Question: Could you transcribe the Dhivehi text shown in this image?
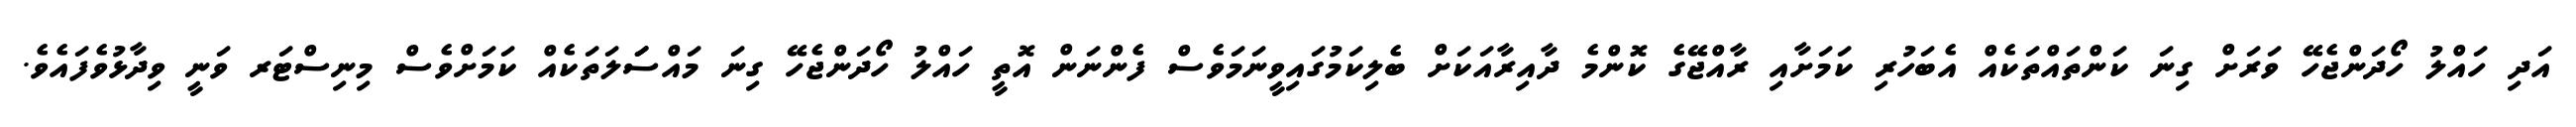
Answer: އަދި ހައްލު ހޯދަންޖެހޭ ވަރަށް ގިނަ ކަންތައްތަކެއް އެބަހުރި ކަމަށާއި ރާއްޖޭގެ ކޮންމެ ދާއިރާއަކަށް ބެލިކަމުގައިވީނަމަވެސް ފެންނަން އޮތީ ހައްލު ހޯދަންޖެހޭ ގިނަ މައްސަަލަތަކެއް ކަމަށްވެސް މިނިސްޓަރ ވަނީ ވިދާޅުވެފައެވެ.